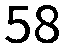
58